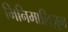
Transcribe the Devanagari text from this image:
मिनिमालिज़्म